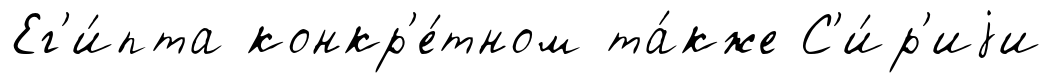
Ег'и́пта конкр'е́тном та́кже С'и́р'иjи